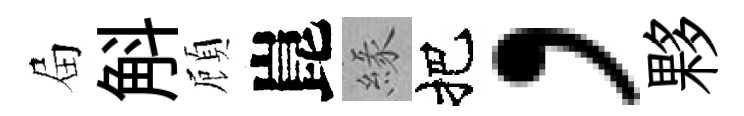
屇斛頋崑緣把，夥